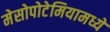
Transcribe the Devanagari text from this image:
मेसोपोटेमियामध्ये